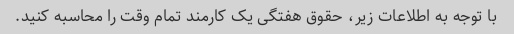
با توجه به اطلاعات زیر، حقوق هفتگی یک کارمند تمام وقت را محاسبه کنید.